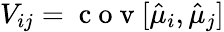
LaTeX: V_{ij}=\mathrm{~c~o~v~}[\hat{\mu}_{i},\hat{\mu}_{j}]